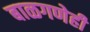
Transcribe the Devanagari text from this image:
बाळगणेही